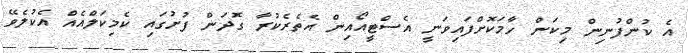
އެ ކުންފުނިން މިކަން ހާމަކޮށްފައިވަނީ އެސްޓީއޯއިން އެތެރެކުރާ ގޮދަން ފުށުގައި ކެމިކަލްއެއް އެކުލެވޭ